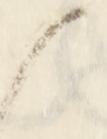
候